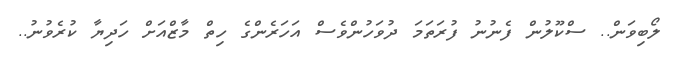
ލޯބިވަން.. ސްކޫލުން ފެނުނު ފުރަތަމަ ދުވަހުންވެސް އަހަރެންގެ ހިތް މާޒްއަށް ހަދިޔާ ކުރެވުނު..